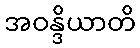
အဝန္ဒိယာတိ